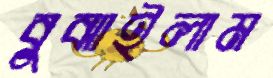
বুঝাইলাম